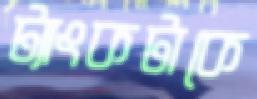
ট্যাংকটাকে